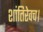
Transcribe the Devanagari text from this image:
शांतिरेवच।